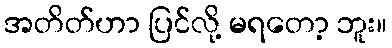
အတိတ်ဟာ ပြင်လို့ မရတော့ ဘူး။